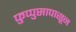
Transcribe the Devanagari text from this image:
फुप्पुसापासून